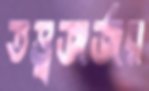
তত্ত্বজর্জর